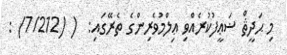
މި ޙަދީޘް ޟަޢީފުކުރެއްވި ޢިލްމުވެރިންގެ ތެރޭގައި:  ( (7/212) :